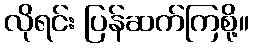
လိုရင်း ပြန်ဆက်ကြစို့။